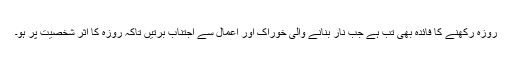
روزہ رکھنے کا فائدہ بھی تب ہے جب نار بنانے والی خوراک اور اعمال سے اجتناب برتیں تاکہ روزہ کا اثر شخصیت پر ہو۔